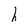
Character: h